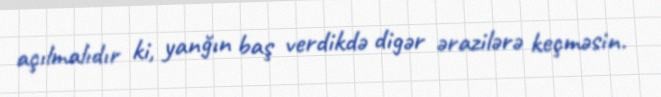
açılmalıdır ki, yanğın baş verdikdə digər ərazilərə keçməsin.